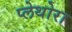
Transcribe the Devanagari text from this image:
प्लेथोरा